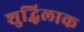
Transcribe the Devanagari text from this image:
शुद्धिलाक